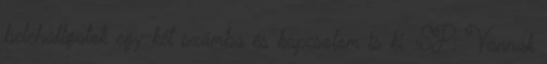
belehallgatok egy-két számba és kapcsolom is ki. SP: Vannak